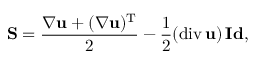
\mathrm { \bf S } = \frac { \nabla { \bf u } + ( \nabla { \bf u } ) ^ { \mathrm { T } } } { 2 } - \frac { 1 } { 2 } ( \mathrm { d i v } \, { \bf u } ) \, \mathrm { \bf I d } ,